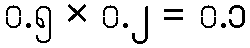
၀.၅ × ၀.၂ = ၀.၁